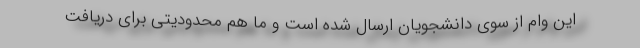
این وام از سوی دانشجویان ارسال شده است و ما هم محدودیتی برای دریافت